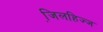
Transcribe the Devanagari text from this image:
जि़लहिज्ज